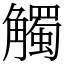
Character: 觸